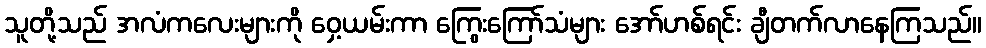
သူတို့သည် အလံကလေးများကို ဝှေ့ယမ်းကာ ကြွေးကြော်သံများ အော်ဟစ်ရင်း ချီတက်လာနေကြသည်။